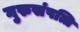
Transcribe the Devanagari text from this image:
गुरुसंपत्ति